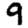
Digit: 9